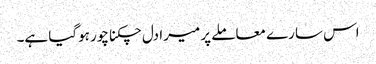
اس سارے معاملے پر میرا دل چکنا چور ہوگیا ہے۔